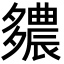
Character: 𨑊